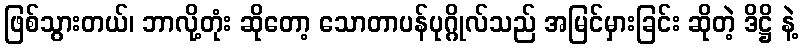
ဖြစ်သွားတယ်၊ ဘာလို့တုံး ဆိုတော့ သောတာပန်ပုဂ္ဂိုလ်သည် အမြင်မှားခြင်း ဆိုတဲ့ ဒိဋ္ဌိ နဲ့